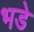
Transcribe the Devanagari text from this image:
भडे